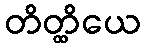
တိတ္ထိယေ